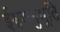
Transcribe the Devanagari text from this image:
ईश्वरानुभूति